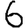
Digit: 6